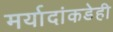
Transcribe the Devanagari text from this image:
मर्यादांकडेही